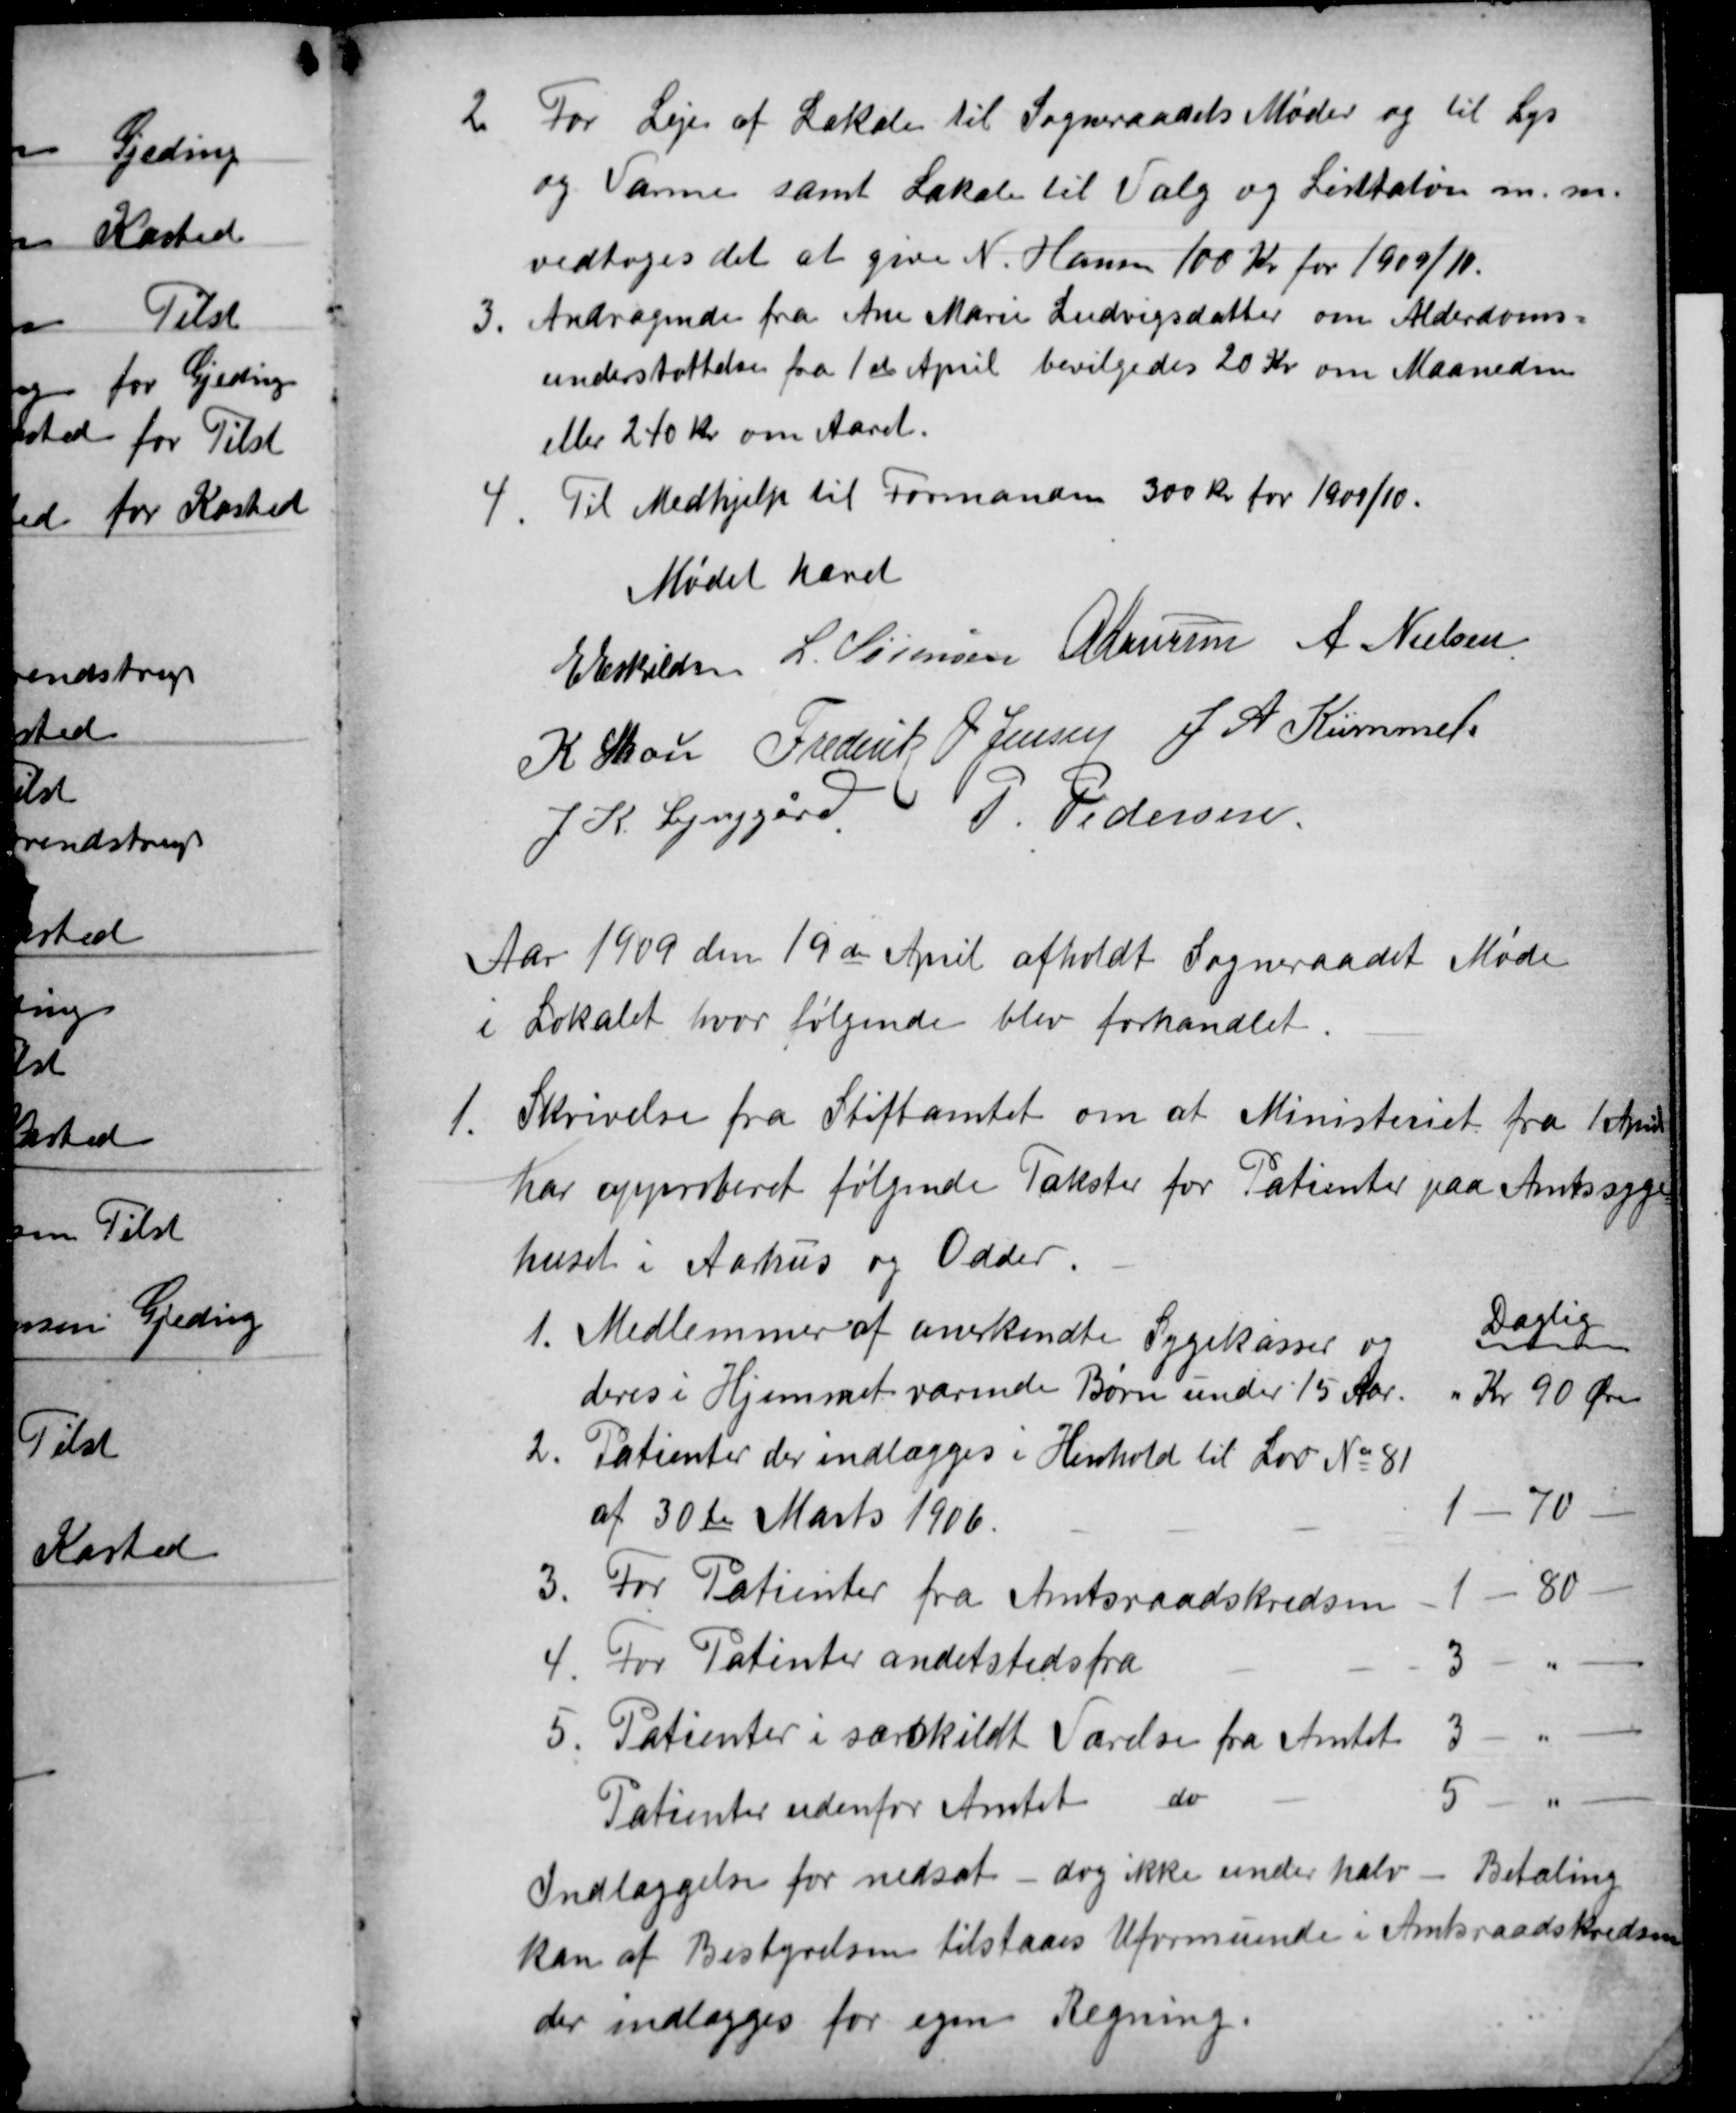
Transskription:
2
For Leje af Lokale til Sogneraadets Møder og til Lys
og Varme samt Lokale til Valg og Listtation m. m.
vedtoges det at give N. Hansen 100 Kr for 1909/10.
3
Andragende fra Ane Marie Ludvigsdatter om Alderdoms-
understøttelse fra 1ste April bevilgedes 20 Kr om Maaneden
eller 240 Kr om Aaret.
4.
Til Medhjælp til Formanden 300 kr. for 1909/10.
Mødet hævet
E Eskildsen L. Sørensen A Laursen A Nielsen
K Skou Frederik V. Jensen J. A. Kümmel
J. K. Lynggård
P. Pedersen
Aar 1909 den 19de April afholdt Sogneraadet Møde
i Lokalet, hvor følgende blev forhandlet.
1.
Skrivelse fra Stiftamtet om at Ministeriet fra 1April
har approberet følgende Takster for Patienter paa Amtssyge
huset i Aarhus og Odder.
1. Medlemmer af anerkendte Sygekasser og
deres i Hjemmet værende Børn under 15 Aar.
Daglig
Kr 90 Øre
2
Patienter der indlægges i Henhold til Lov № 81
af 30te Marts 1906.
1- 70
3
For Patienter fra Amtsraadskredsen
1 - 80
4. For Patinter andetstedsfra
4. For Patinter andetstedsfra
3-
5
5. Patienter i særskildt Værelse fra Amtet
3- "
Patienter udenfor Amtet do
5- "-
Indlæggelse for nedsat dog ikke under halv Betaling
kan af Bestyrelsen tilstaaes Uformuende i Amtsraadskredsen
der indlægges for egen Regning.